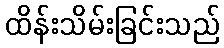
ထိန်းသိမ်းခြင်းသည်